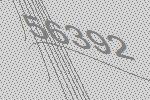
56392